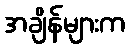
အချိန်များက